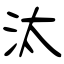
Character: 汰